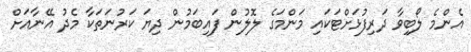
އެންމެ ލޯބިވާ ދަރިފުޅަށްޓަކައި މަންމަގެ ލޮލުން ފައިބަމުން ދިޔަ ކަރުނަތަކާ މެދު އޭނާއަށް